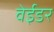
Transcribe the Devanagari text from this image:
वेईडर